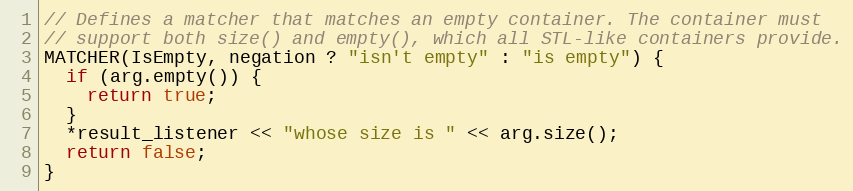
Language: C
// Defines a matcher that matches an empty container. The container must
// support both size() and empty(), which all STL-like containers provide.
MATCHER(IsEmpty, negation ? "isn't empty" : "is empty") {
  if (arg.empty()) {
    return true;
  }
  *result_listener << "whose size is " << arg.size();
  return false;
}